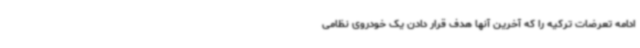
ادامه تعرضات ترکیه‌ را که آخرین آنها هدف قرار دادن یک خودروی نظامی